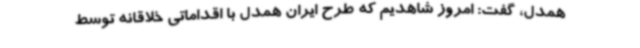
همدل، گفت: امروز شاهدیم که طرح ایران همدل با اقداماتی خلاقانه توسط